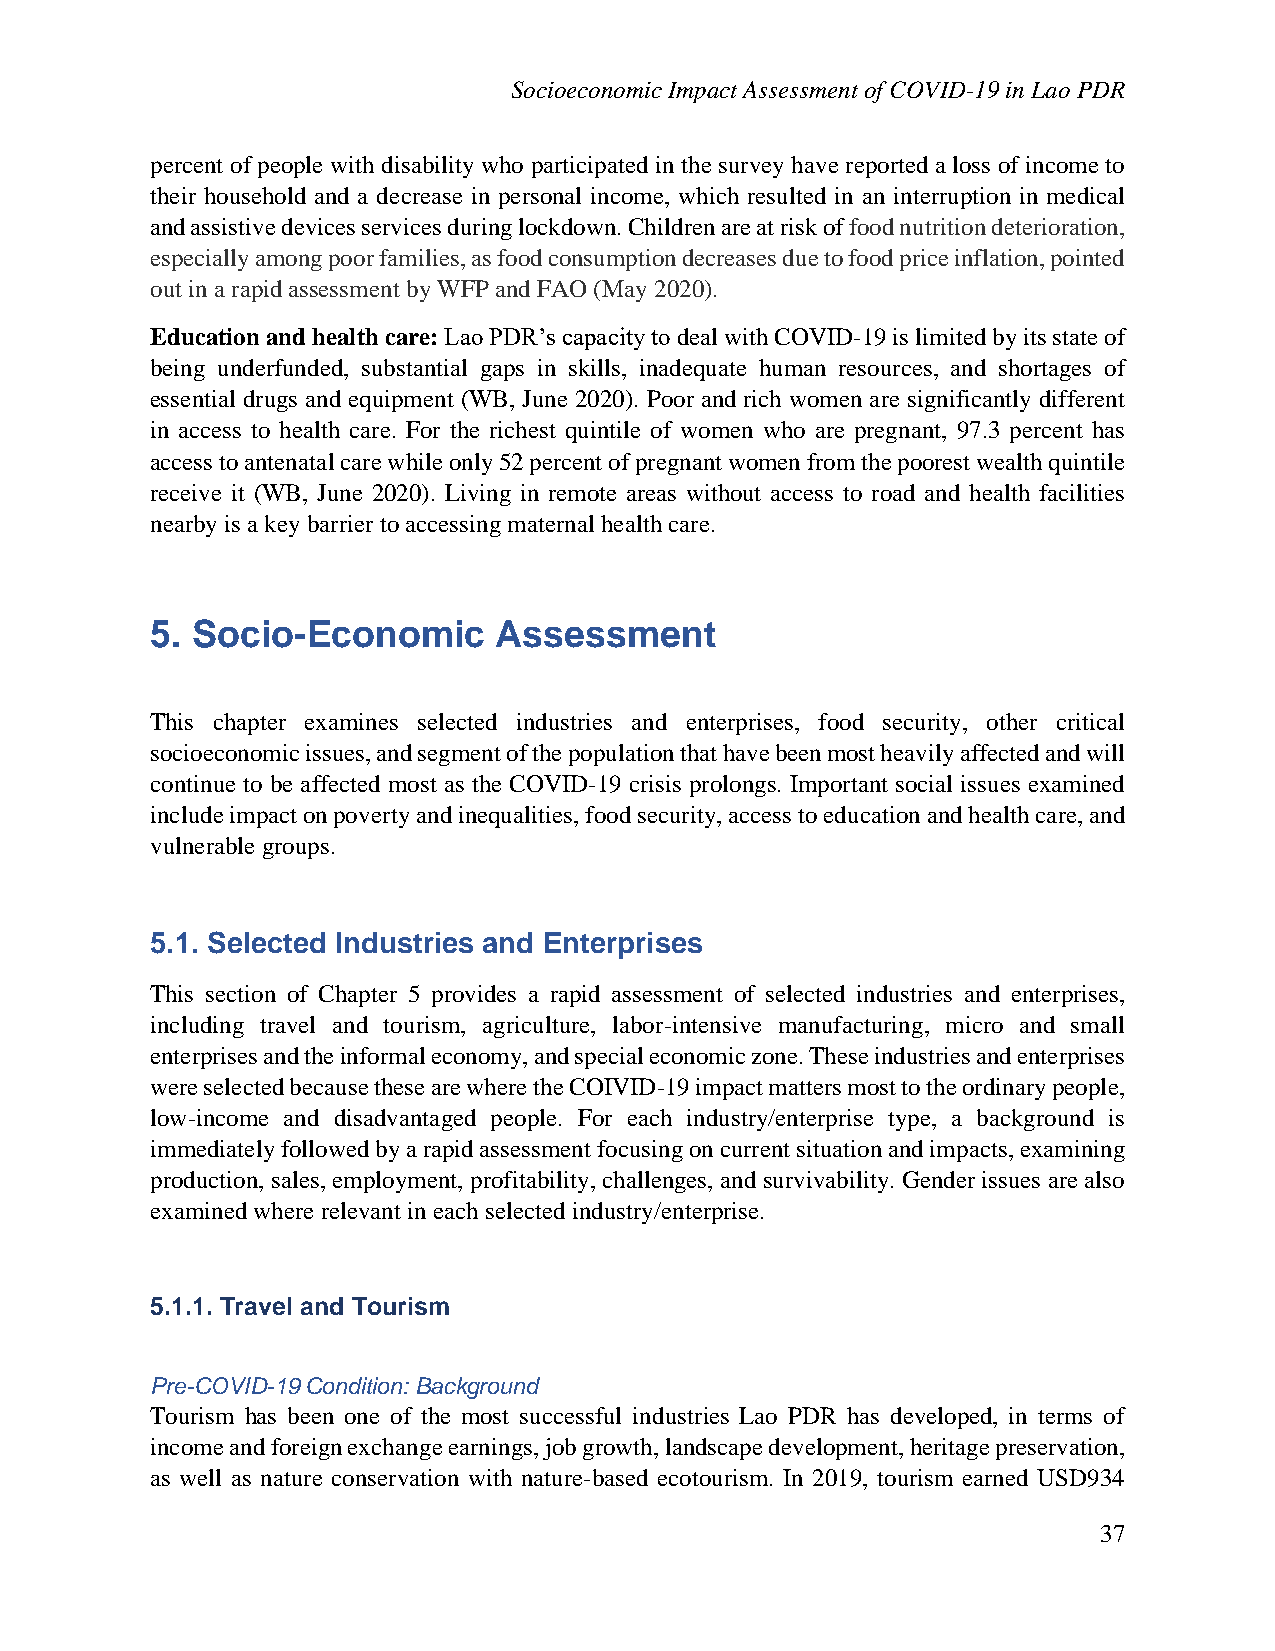
Socioeconomic Impact Assessment of COVID-19 in Lao PDR
 percent of people with disability who participated in the survey have reported a loss of income to
 their household and a decrease in personal income, which resulted in an interruption in medical
 and assistive devices services during lockdown. Children are at risk of food nutrition deterioration,
 especially among poor families, as food consumption decreases due to food price inflation, pointed
 out in a rapid assessment by WFP and FAO (May 2020).
 Education and health care: Lao PDR’s capacity to deal with COVID-19 is limited by its state of
 being underfunded, substantial gaps in skills, inadequate human resources, and shortages of
 essential drugs and equipment (WB, June 2020). Poor and rich women are significantly different
 in access to health care. For the richest quintile of women who are pregnant, 97.3 percent has
 access to antenatal care while only 52 percent of pregnant women from the poorest wealth quintile
 receive it (WB, June 2020). Living in remote areas without access to road and health facilities
 nearby is a key barrier to accessing maternal health care.
 5. Socio-Economic      Assessment
 This chapter examines selected industries and enterprises, food security, other critical
 socioeconomic issues, and segment of the population that have been most heavily affected and will
 continue to be affected most as the COVID-19 crisis prolongs. Important social issues examined
 include impact on poverty and inequalities, food security, access to education and health care, and
 vulnerable groups.
 5.1. Selected Industries and Enterprises
 This section of Chapter 5 provides a rapid assessment of selected industries and enterprises,
 including travel and tourism, agriculture, labor-intensive manufacturing, micro and small
 enterprises and the informal economy, and special economic zone. These industries and enterprises
 were selected because these are where the COIVID-19 impact matters most to the ordinary people,
 low-income and disadvantaged people. For each industry/enterprise type, a background is
 immediately followed by a rapid assessment focusing on current situation and impacts, examining
 production, sales, employment, profitability, challenges, and survivability. Gender issues are also
 examined where relevant in each selected industry/enterprise.
 5.1.1. Travel and Tourism
 Pre-COVID-19 Condition: Background
 Tourism has been one of the most successful industries Lao PDR has developed, in terms of
 income and foreign exchange earnings, job growth, landscape development, heritage preservation,
 as well as nature conservation with nature-based ecotourism. In 2019, tourism earned USD934
 37